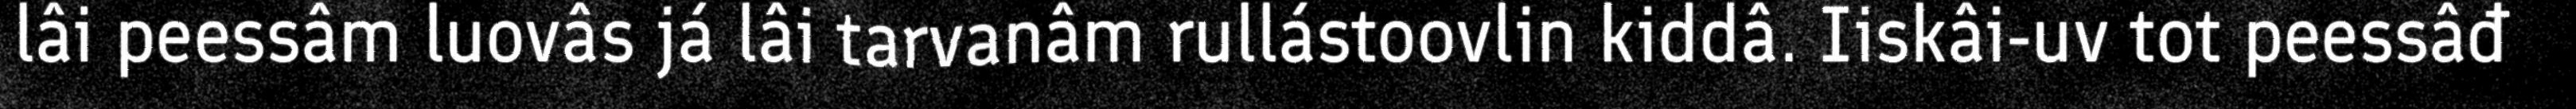
lâi peessâm luovâs já lâi tarvanâm rullástoovlin kiddâ. Iiskâi-uv tot peessâđ